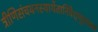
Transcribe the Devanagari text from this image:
त्रीणिसंचयनस्यार्थेतानिवैशृणुसांप्रतं